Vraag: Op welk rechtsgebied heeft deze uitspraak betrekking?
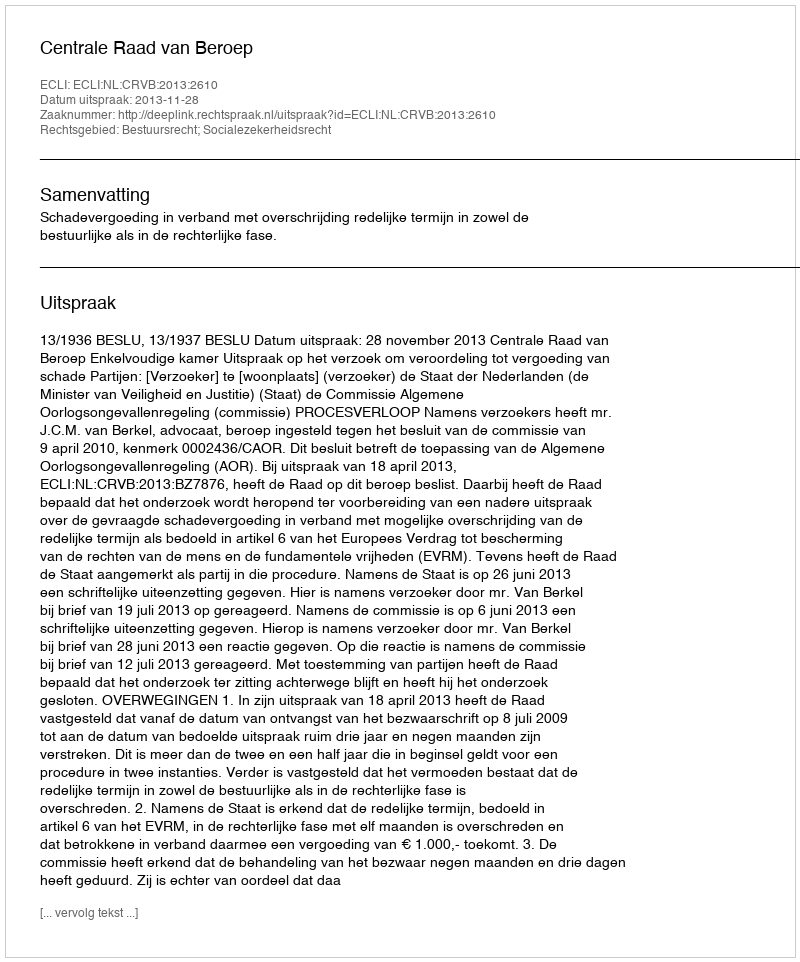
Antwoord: Bestuursrecht; Socialezekerheidsrecht